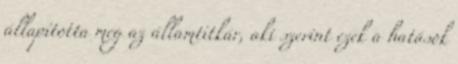
állapította meg az államtitkár, aki szerint ezek a hatások